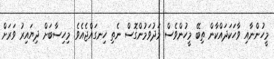
މީހުންނާއި ވާހަކަދައްކާން ތިބޭ މީހުންވެސް މަދުވަމުންގޮސް ނެތި ހިނގައްޖެއެވެ. މިހިސާބަށް ދިޔައިރު ވަރަށް